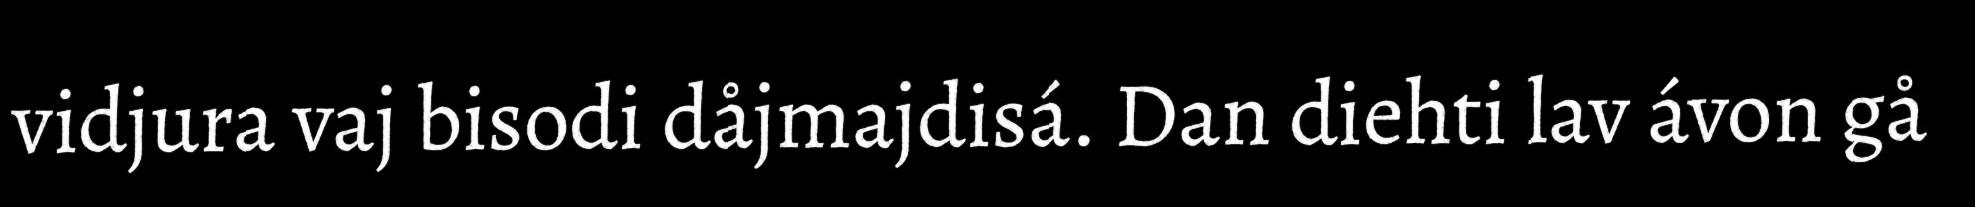
vidjura vaj bisodi dåjmajdisá. Dan diehti lav ávon gå